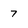
Character: 7